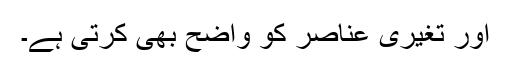
اور تغیری عناصر کو واضح بھی کرتی ہے۔